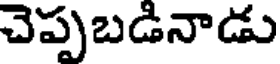
చెప్పబడినాడు